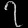
Digit: ၇